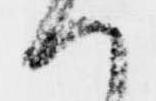
へ